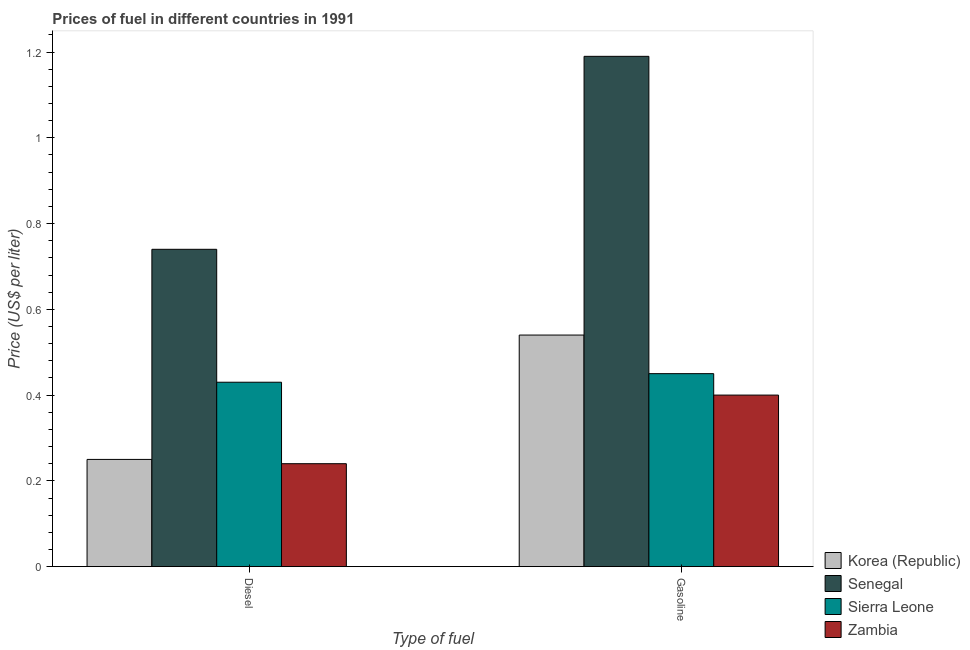
| Type of fuel | Korea (Republic) | Senegal | Sierra Leone | Zambia |
 | --- | --- | --- | --- | --- |
 | Diesel | 0.25 | 0.74 | 0.43 | 0.24 |
 | Gasoline | 0.54 | 1.19 | 0.45 | 0.4 |